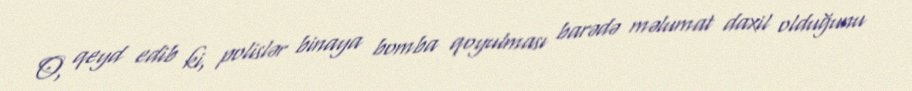
O, qeyd edib ki, polislər binaya bomba qoyulması barədə məlumat daxil olduğunu